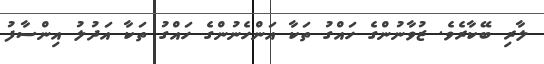
ލާރި ބޭކާރެވެ. ޒުވާނުންގެ ހައްގު ތަކާ އަންހެނުންގެ ހައްގު ތަކާ އަދުލު އިންސާފު